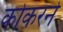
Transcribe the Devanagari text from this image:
कोकरने